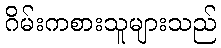
ဂိမ်းကစားသူများသည်